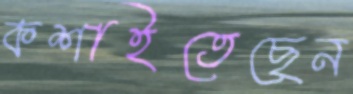
কশাইতেছেন